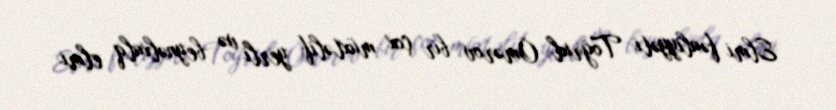
Elmi fəaliyyəti Toğrul Ömərov bir çox müxtəlif yerli və beynəlxalq elmi